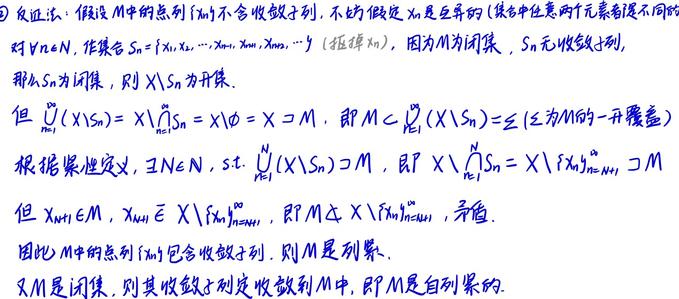
反证法：假设 \(M\) 中的点列 \(\{x_n\}\) 不含收敛子列，不妨假定 \(x_n\) 是互异的（集合中任意两个元素都是不同的）.
对 \(\forall n\in N\)，作集合 \(S_n = \{x_1,x_2,\cdots,x_n,x_{n + 1},x_{n+2},\cdots\}\)（删掉 \(x_n\)），因为 \(M\) 为闭集，\(S_n\) 无收敛子列，那么 \(S_n\) 为闭集，则 \(X\setminus S_n\) 为开集.
但 \(\bigcup_{n = 1}^{\infty}(X\setminus S_n)=X\setminus\bigcap_{n = 1}^{\infty}S_n=X\setminus\varnothing = X\supset M\)，即 \(M\subset\bigcup_{n = 1}^{\infty}(X\setminus S_n)=\{Z\mid Z\text{为}M\text{的一开覆盖}\}\).
根据紧性定义，\(\exists N\in N\)，s.t. \(\bigcup_{n = 1}^{N}(X\setminus S_n)\supset M\)，即 \(X\setminus\bigcap_{n = 1}^{N}S_n=X\setminus\{x_n\}_{n = N + 1}^{\infty}\supset M\).
但 \(x_{N+1}\in M\)，\(x_{N + 1}\notin X\setminus\{x_n\}_{n = N+1}^{\infty}\)，即 \(M\nsubseteq X\setminus\{x_n\}_{n = N+1}^{\infty}\)，矛盾.
因此 \(M\) 中的点列 \(\{x_n\}\) 包含收敛子列. 则 \(M\) 是列紧.
又 \(M\) 是闭集. 则其收敛子列必收敛到 \(M\) 中，即 \(M\) 是自列紧的.